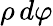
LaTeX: \rho\, d\varphi